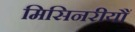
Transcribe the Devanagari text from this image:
मिसिनरीयौं